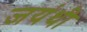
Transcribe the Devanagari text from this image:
जयंथी